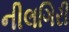
નીલગિરી